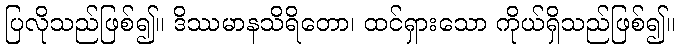
ပြလိုသည်ဖြစ်၍။ ဒိဿမာနသိရိတော၊ ထင်ရှားသော ကိုယ်ရှိသည်ဖြစ်၍။